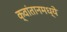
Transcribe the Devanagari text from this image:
क्वांतानमध्ये